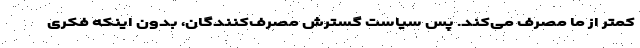
کمتر از ما مصرف می‌کند. پس سیاست گسترش مصرف‌کنندگان، بدون اینکه فکری